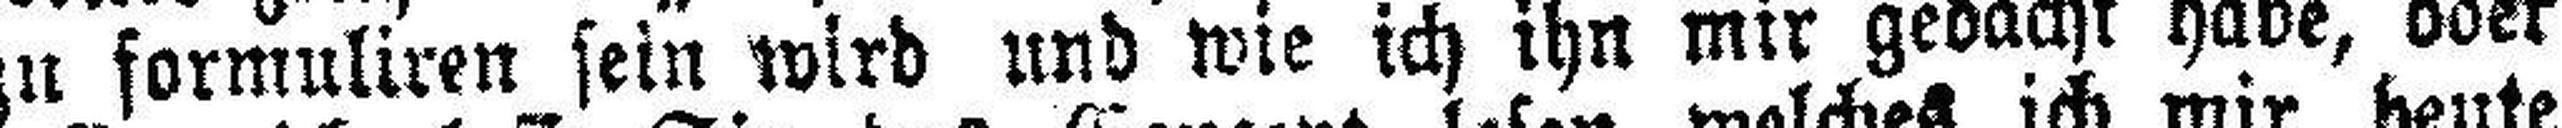
zu formuliren sein wird und wie ich ihn mir gedacht habe, oder